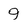
Character: 9